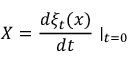
X = \frac { d \xi _ { t } ( x ) } { d t } \mid _ { t = 0 }